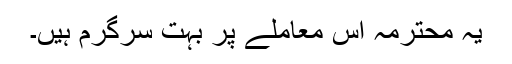
یہ محترمہ اس معاملے پر بہت سرگرم ہیں۔